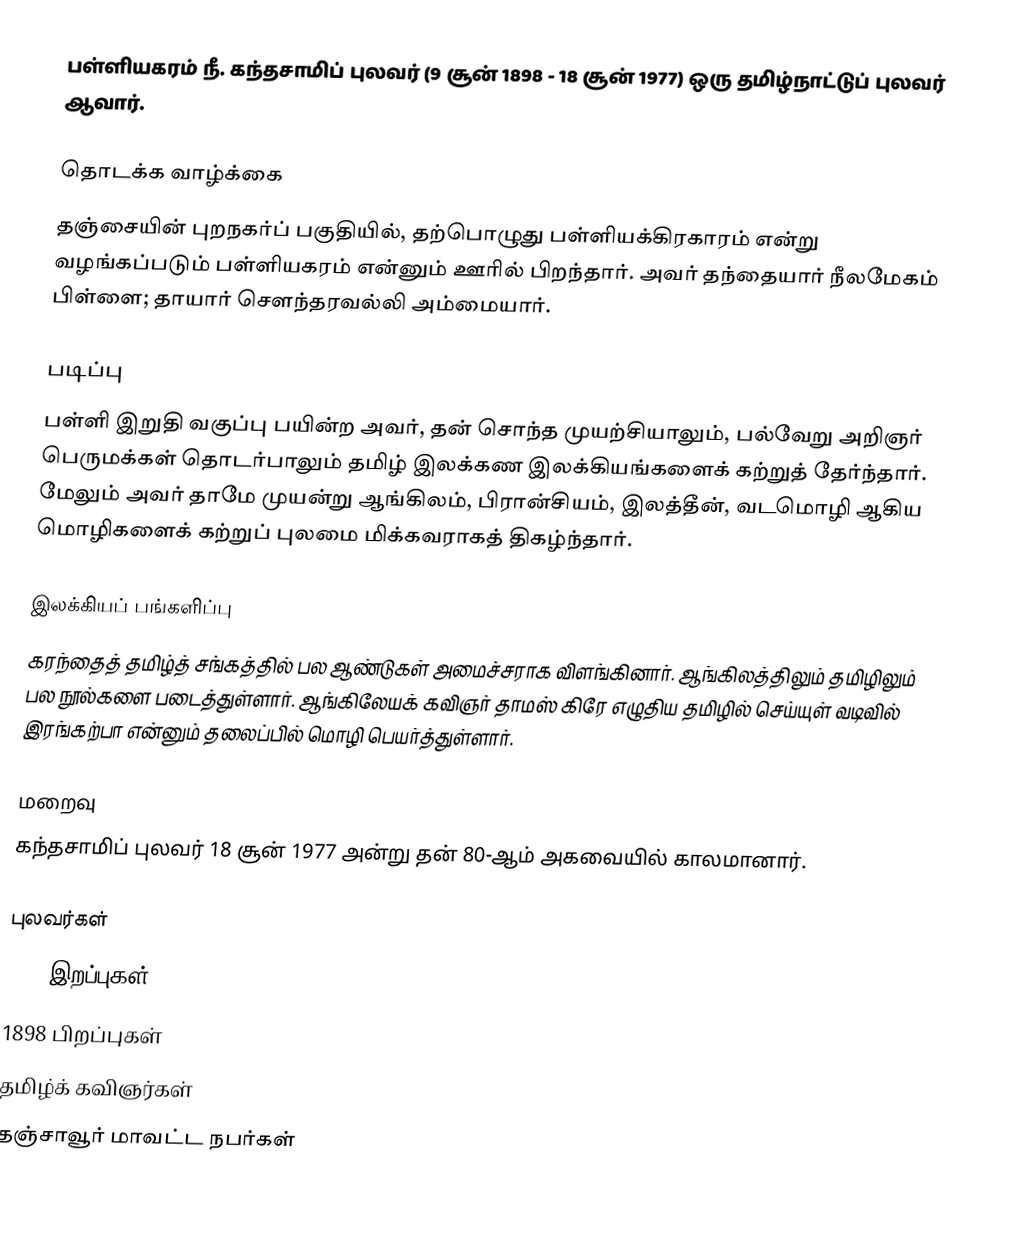
பள்ளியகரம் நீ. கந்தசாமிப் புலவர் (9 சூன் 1898 - 18 சூன் 1977)  ஒரு தமிழ்நாட்டுப் புலவர் ஆவார்.

தொடக்க வாழ்க்கை
தஞ்சையின் புறநகர்ப் பகுதியில், தற்பொழுது பள்ளியக்கிரகாரம் என்று வழங்கப்படும் பள்ளியகரம் என்னும் ஊரில் பிறந்தார். அவர் தந்தையார் நீலமேகம் பிள்ளை; தாயார் சௌந்தரவல்லி அம்மையார்.

படிப்பு
பள்ளி இறுதி வகுப்பு பயின்ற அவர், தன் சொந்த முயற்சியாலும், பல்வேறு அறிஞர் பெருமக்கள் தொடர்பாலும் தமிழ் இலக்கண இலக்கியங்களைக் கற்றுத் தேர்ந்தார். மேலும் அவர் தாமே முயன்று ஆங்கிலம், பிரான்சியம், இலத்தீன், வடமொழி ஆகிய மொழிகளைக் கற்றுப் புலமை மிக்கவராகத் திகழ்ந்தார்.

இலக்கியப் பங்களிப்பு
கரந்தைத் தமிழ்த் சங்கத்தில் பல ஆண்டுகள் அமைச்சராக விளங்கினார். ஆங்கிலத்திலும் தமிழிலும் பல நூல்களை படைத்துள்ளார். ஆங்கிலேயக் கவிஞர் தாமஸ் கிரே எழுதிய  தமிழில் செய்யுள் வடிவில் இரங்கற்பா என்னும் தலைப்பில் மொழி பெயர்த்துள்ளார்.

மறைவு
கந்தசாமிப் புலவர் 18 சூன் 1977 அன்று தன் 80-ஆம் அகவையில் காலமானார்.

புலவர்கள்
1977 இறப்புகள்
1898 பிறப்புகள்
தமிழ்க் கவிஞர்கள்
தஞ்சாவூர் மாவட்ட நபர்கள்